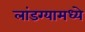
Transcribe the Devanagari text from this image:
लांडग्यामध्ये